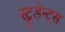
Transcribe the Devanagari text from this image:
स्टूडेन्ट्स